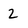
Character: 2